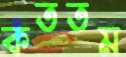
কততম